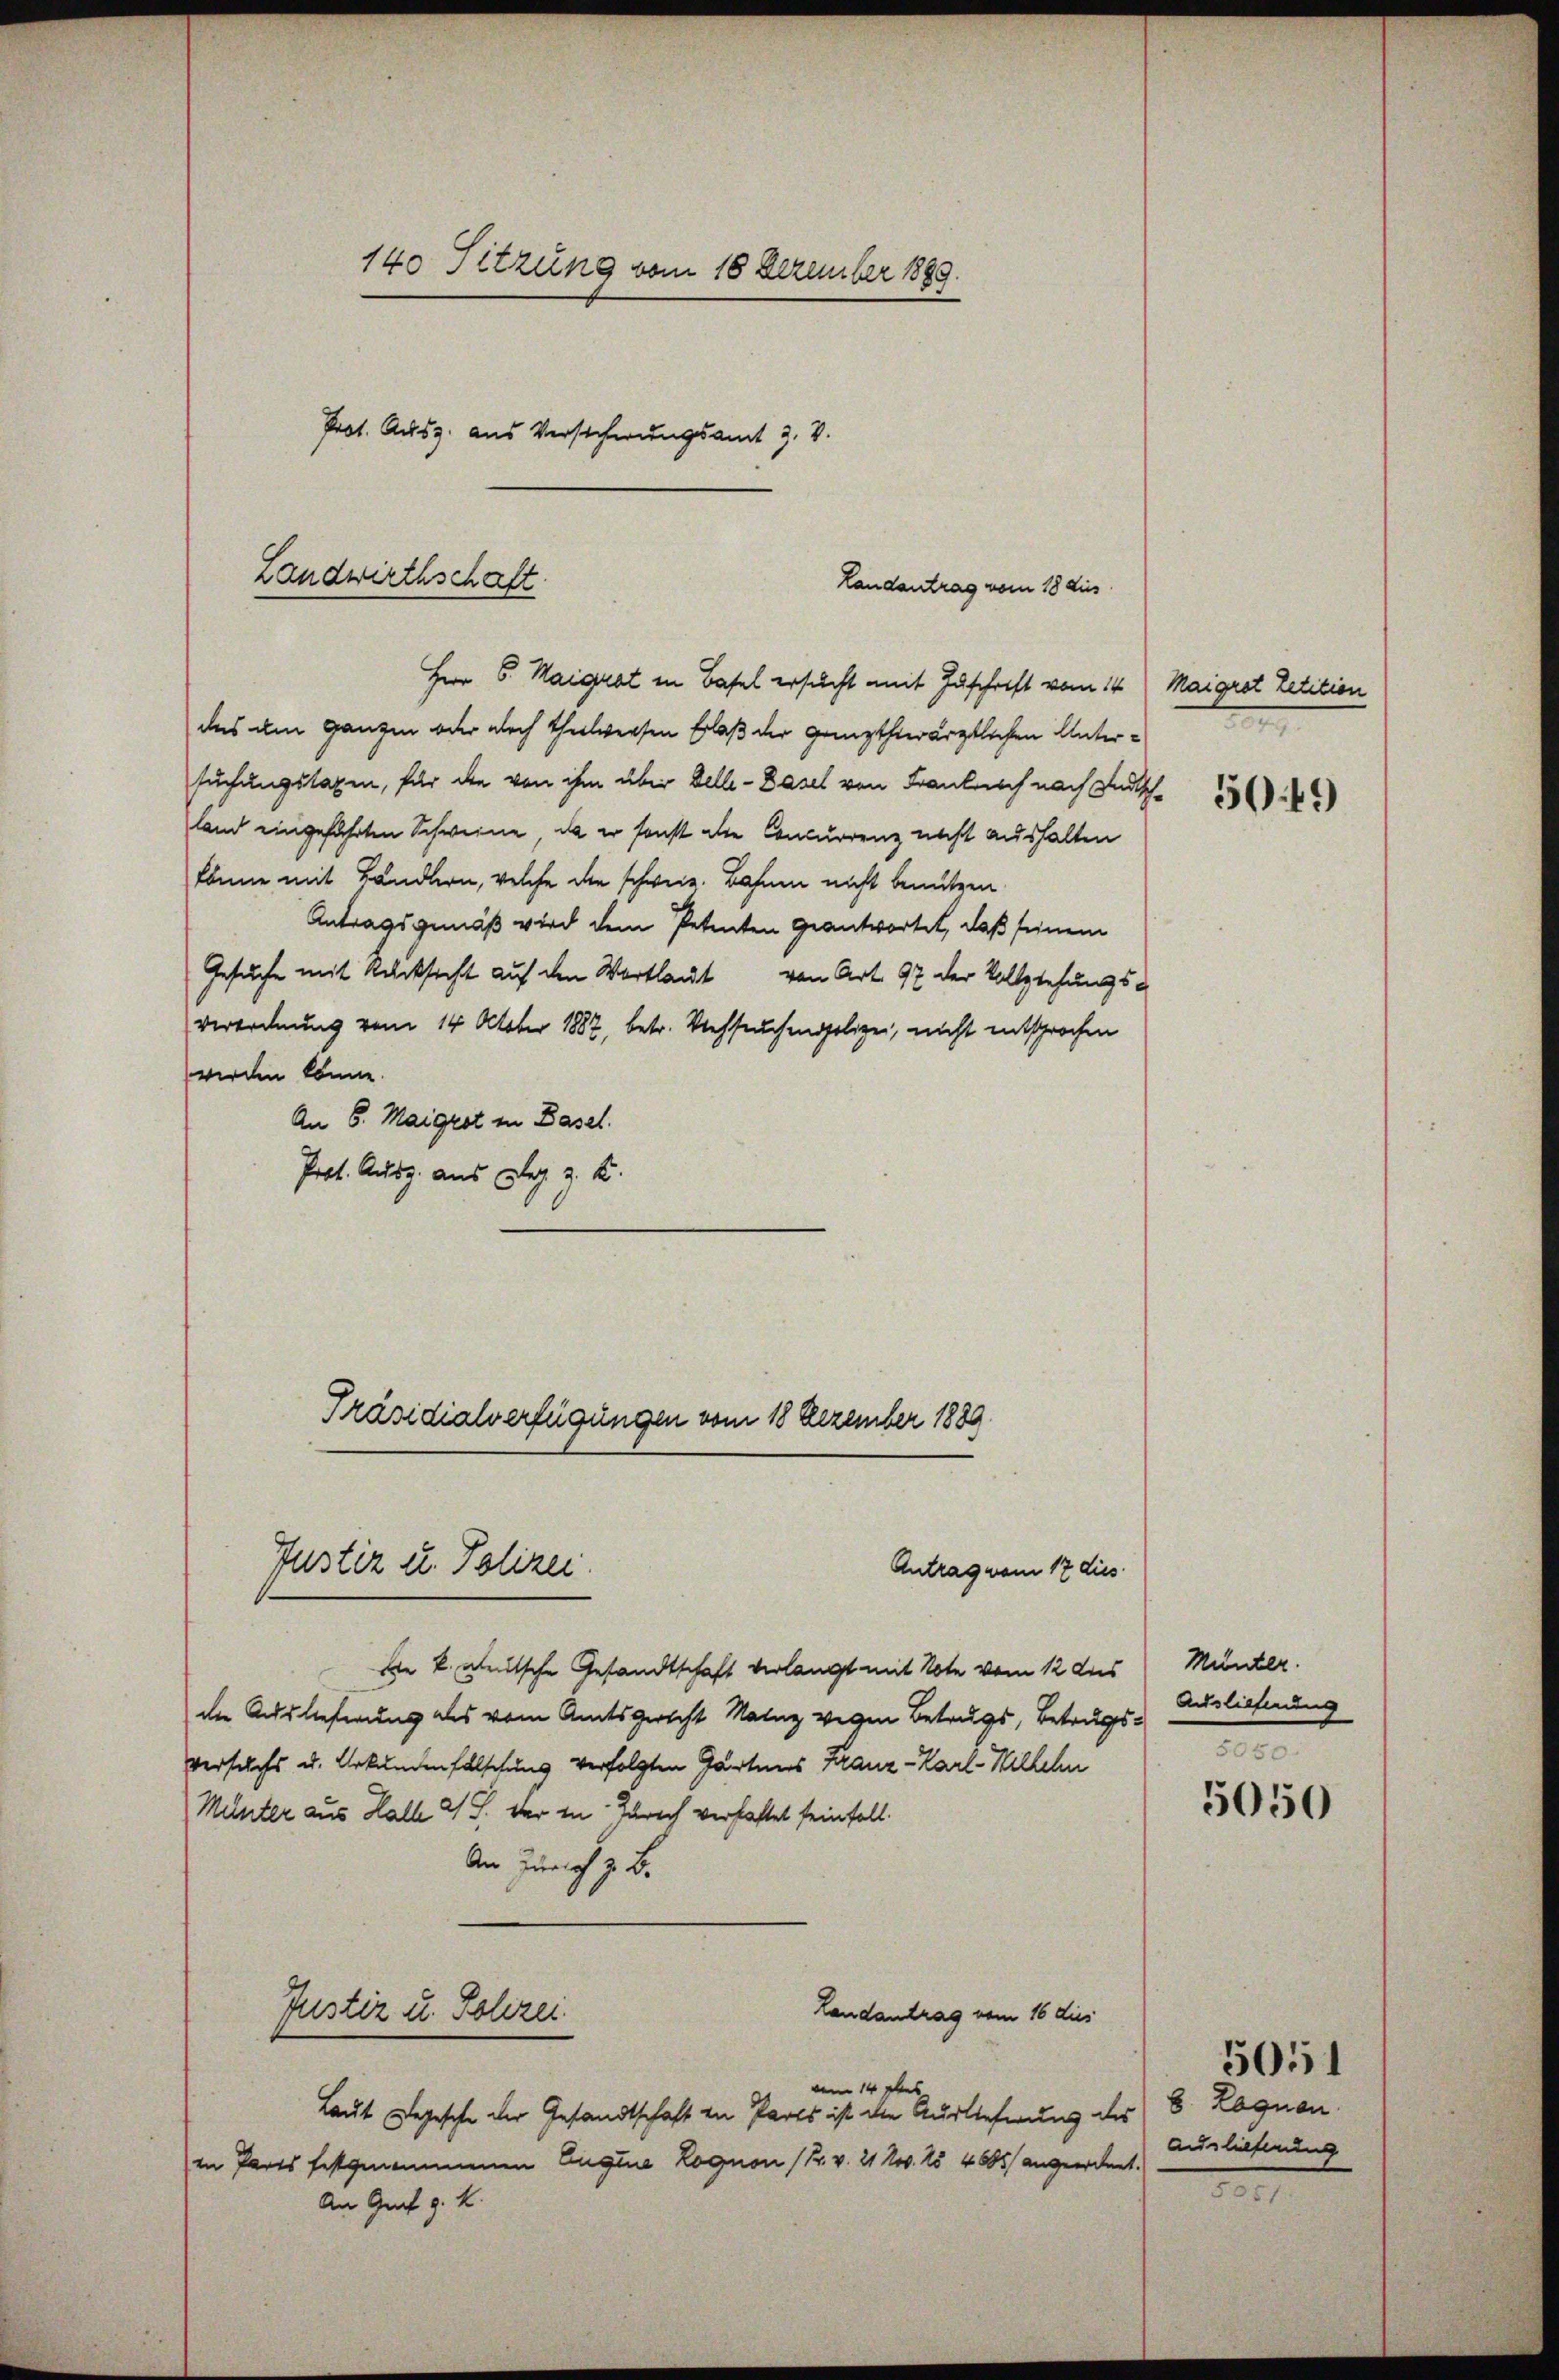
140 Fitzung vom 18 Dezember 1889.
Prot. Ausz. aus Versicherungsamt 3. V.

Landwirthschaft.
Landantrag vom 18 dies

Herr 6. Maigrat in Basel ersucht mit Zuschrift vom 14. Maigrot Petition
das am ganzen oder noch theilweisen Erlaß der ganzthierärztlichen Untersuchungslagen, für die von ihm über Delle - Dasel von Franknoch nach Indisch-
land eingeführten Schweine, da er sonst die Concurrenz nicht aushalten
könne mit Händlern, welche die schweiz. Bahnen nicht benutzen.
Antragsgemäß wird dem Petenten geantwortet, daß seinem
Gesuche mit Rücksicht auf den Wortlaut von Art. 97 der Vollziehungsverordnung vom 14. October 1887, betr. Viehseuchenpolizei, nicht entsprochen
werden könne.
An 6. Maigrot in Basel.
Prot. Ausg. aus Dez. 3. K.

Präsidialverfügungen vom 18 Dezember 1889.

Justiz u. Polizei.

Die k. weitsche Gesandtschaft verlangt mit Note vom 12 des Münter.
die Auslieferung des vom Amtsgericht Malaz wegen Betrugs, Betrugsversuchs u. Urkundenfalschung verfolgten Gärtners Franz-Karl Willehn
Münter aus Hall 2 S. der in Zürich verhaftet seinfall.
An Zürich z. B.
Landantrag vom 16 dies
Justiz u. Polizei
vom 14 ges
Laut Degesche der Gesandtschaft in Parts ist die Ausliefnung des 8. Lagnan
in Parts festgenommenen Eugene Lognon (Pr. v. 21 Nov. 15 4605) angeordnet.
An Graf v. K.

Antrag vom 17 dies

5049

Auslieferung
2

5050

Auslieferung

5051